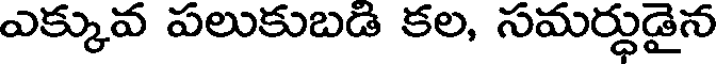
ఎక్కువ పలుకుబడి కల, సమర్ధుడైన